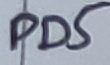
Text: PD5